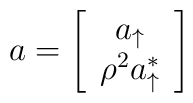
a=\left[\begin{array}{c}a_{\uparrow}\\              \rho^2 a_{\uparrow}^*\end{array}\right]